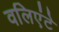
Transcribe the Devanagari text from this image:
वलिएंटे